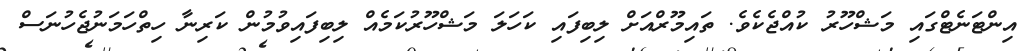
އިންޓަނެޓްގައި މަޝްހޫރު ކުއްޖެކެވެ. ތައިމޫރްއަށް ލިބިފައި ކަހަލަ މަޝްހޫރުކަމެއް ލިބިފައިވުމުން ކަރިނާ ހިތްހަމަނުޖެހުނަސް